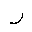
Letter: _ra